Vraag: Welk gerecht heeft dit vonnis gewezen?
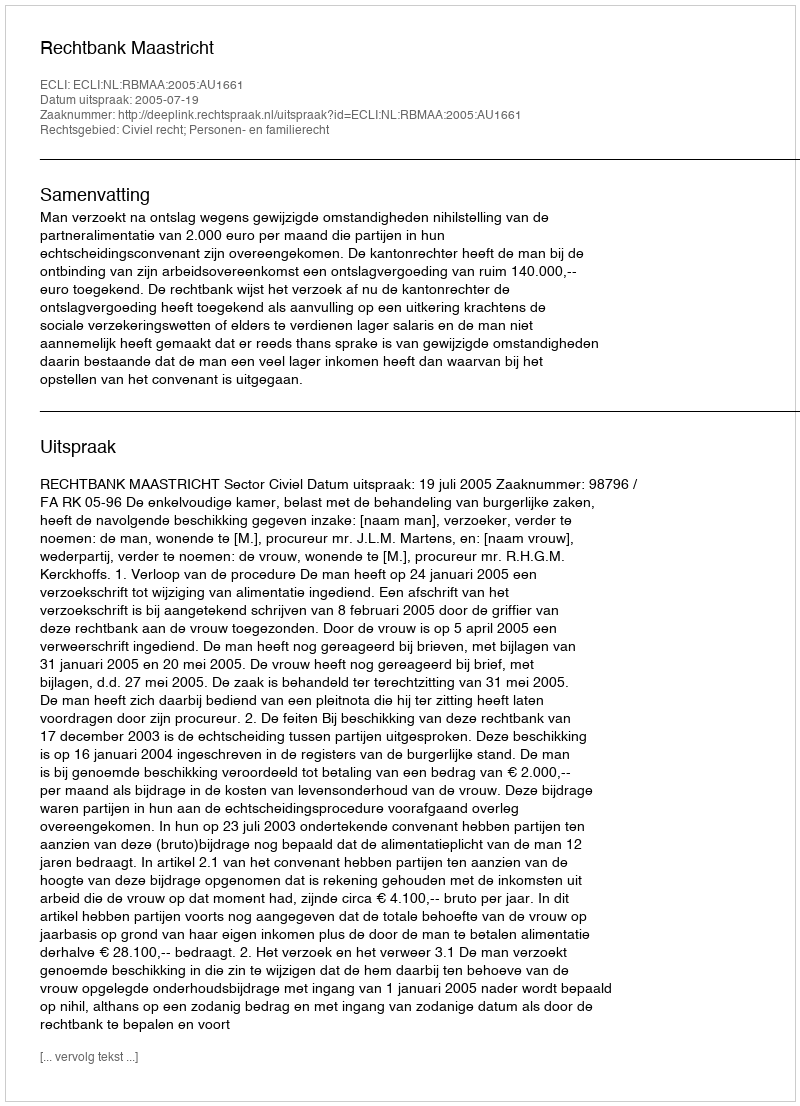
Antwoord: Rechtbank Maastricht